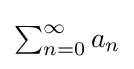
{\textstyle \sum _{n=0}^{\infty }a_{n}}